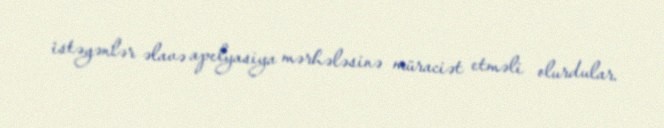
istəyənlər əlavə apelyasiya mərhələsinə müraciət etməli olurdular.